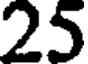
25